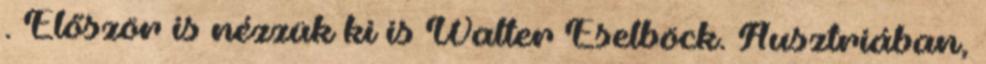
. Először is nézzük ki is Walter Eselböck. Ausztriában,